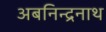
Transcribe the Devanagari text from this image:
अबनिन्द्रनाथ